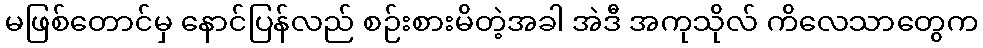
မဖြစ်တောင်မှ နောင်ပြန်လည် စဉ်းစားမိတဲ့အခါ အဲဒီ အကုသိုလ် ကိလေသာတွေက